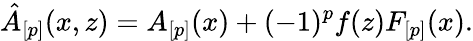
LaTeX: \hat{A}_{[p]}(x,z)=A_{[p]}(x)+(-1)^{p}f(z)F_{[p]}(x).